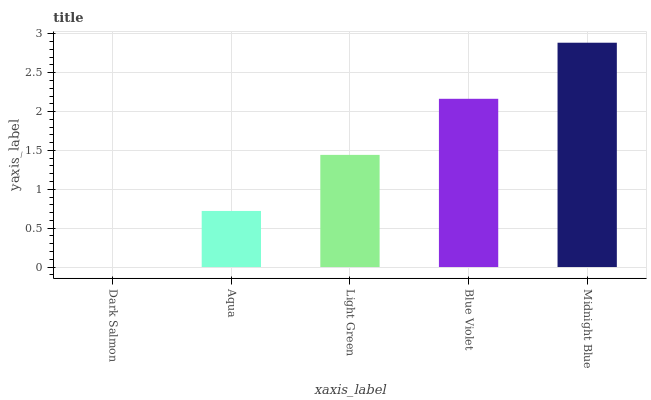
| xaxis_label | bars |
 | --- | --- |
 | Dark Salmon | 0 |
 | Aqua | 0.721 |
 | Light Green | 1.44 |
 | Blue Violet | 2.16 |
 | Midnight Blue | 2.89 |